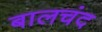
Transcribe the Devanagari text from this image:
बालचंद